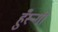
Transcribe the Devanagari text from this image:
हुँस्न्गी